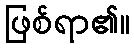
ဖြစ်ရာ၏။